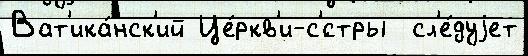
Ват'ика́нск'ий Це́ркв'и-с'́стры  сл'е́дуjет